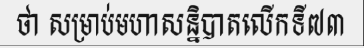
ថា សម្រាប់មហាសន្និបាតលើកទី៧៣